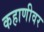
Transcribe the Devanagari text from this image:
कहाणीवर